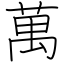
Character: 萬